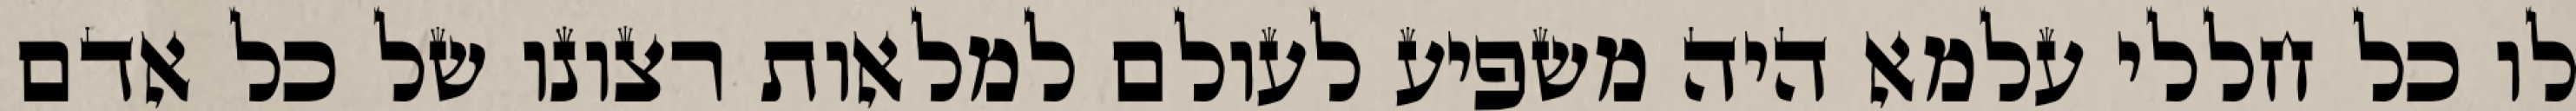
לו כל חללי עלמא היה משפיע לעולם למלאות רצונו של כל אדם